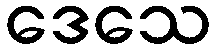
ဒေသေ